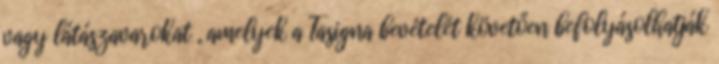
vagy látászavarokat , amelyek a Tasigna bevételét követően befolyásolhatják